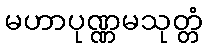
မဟာပုဏ္ဏမသုတ္တံ